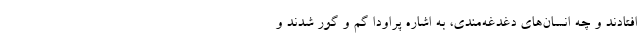
افتادند و چه انسان‌های دغدغه‌مندی، به اشاره پراودا گم و گور شدند و